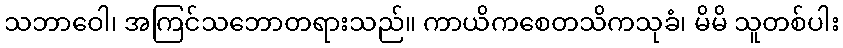
သဘာဝေါ၊ အကြင်သဘောတရားသည်။ ကာယိကစေတသိကသုခံ၊ မိမိ သူတစ်ပါး